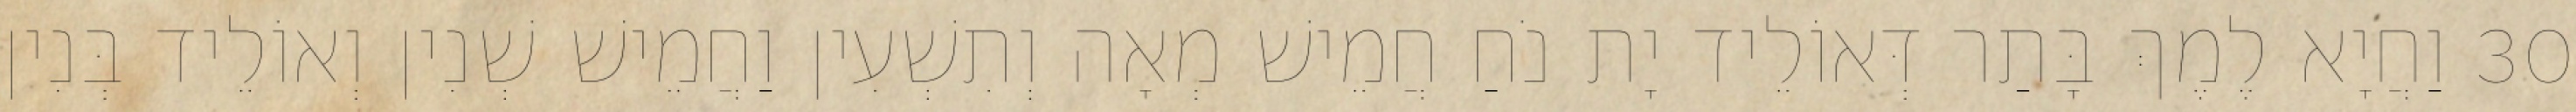
30 וַחֲיָא לֶמֶךְ בָּתַר דְּאוֹלֵיד יָת נֹחַ חֲמֵישׁ מְאָה וְתִשְׁעִין וַחֲמֵישׁ שְׁנִין וְאוֹלֵיד בְּנִין